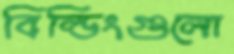
বিল্ডিংগুলো